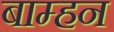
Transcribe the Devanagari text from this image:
बाम्हन